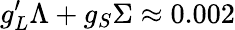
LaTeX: g_{L}^{\prime}\Lambda+g_{S}\Sigma\approx 0.002